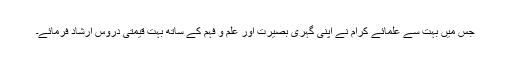
جس میں بہت سے علمائے کرام نے اپنی گہری بصیرت اور علم و فہم کے ساتھ بہت قیمتی دروس ارشاد فرمائے۔